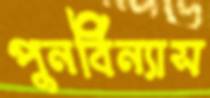
পুনর্বিন্যাস